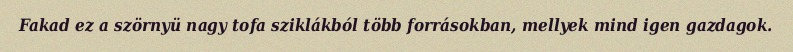
Fakad ez a szörnyü nagy tofa sziklákból több forrásokban, mellyek mind igen gazdagok.